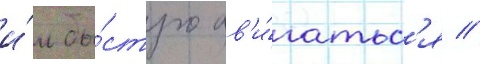
и́м бы́стро дв'и́гатьс'я //